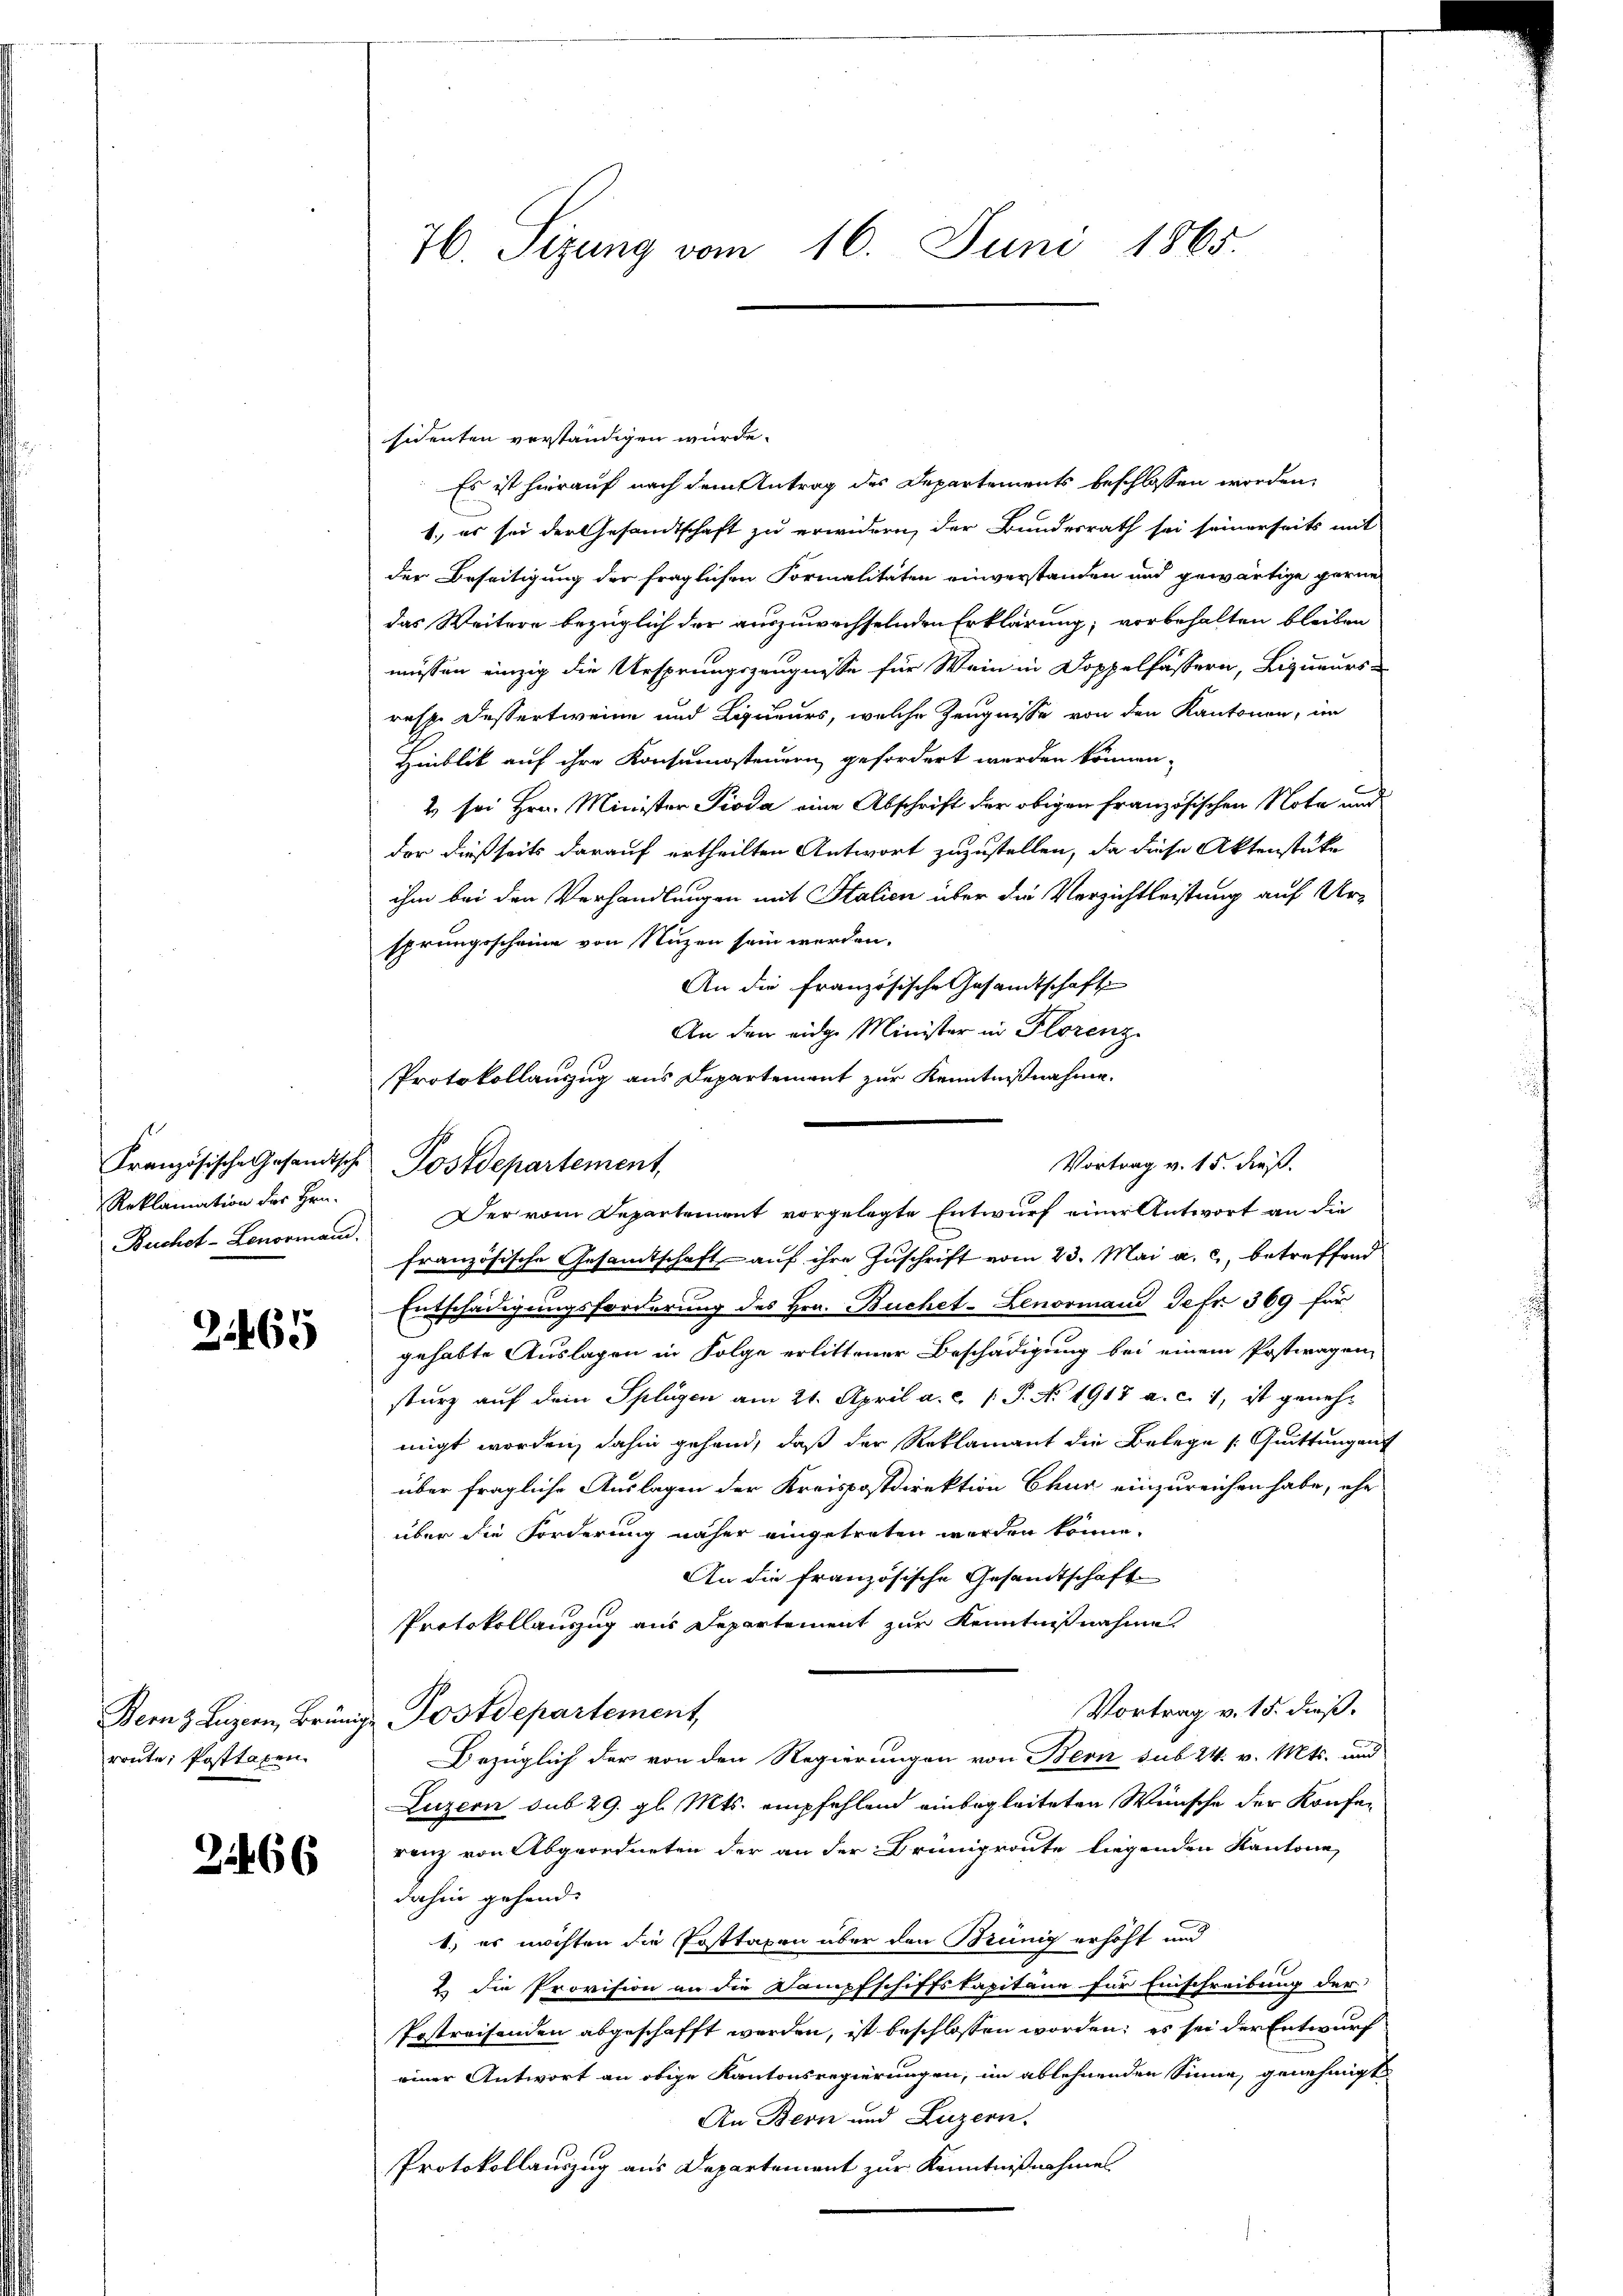
Reklamation der Hrn.

2165

route; Posttaxen

21466

76. Sizung vom 16. Juni 1865.

sidenten verständigen würde.
Es ist hierauf nach dem Antrag des Departements beschlossen worden,
1., es sei der Gesandtschaft zu erwidern, der Bundesrath sei seinerseits mit
der Beseitigung der fraglichen Formalitäten einverstanden und gewärtige gerne
das Weitere bezüglich der auszuwachselnden Erklärung; vorbehalten bleiben
müssen einzig die Ursprungszeugnisse für Wein in Doppelfässern, Ligueurs-
resp. dessertweine und Lipcieurs, welche Zeugnisse von den Kantonen, im
Hinblik auf ihre Konsumsteuern gefordert werden können.
2 sei Hrn. Minister Pioda eine Abschrift der obigen französischen Nota und
der dießseits darauf ertheilten Antwort zuzustellen, da diese Aktenstüke
ihm bei den Verhandlungen mit Italien über die Verzichtleistung auf Ursprungsscheine von Nuzen sein werden.
An die französische Gesamtschaft
An den eidge Minister in Florenz
Protokollanzug aus Departement zur Kenntnißnahme.
Buchet-Lenorma Der vom Departement vorgelegte Entwurf einer Antwort an die
französische Gesamtschaft, - auf ihre Zuschrift vom 23. Mai a. c., betreffend
Entschädigungsforderung des Hrn. Buchet-Lenormand Gefr. 369 für
gehabte Auslagen in Folge erlittener Beschädigung bei einem Postwagen,
sturz auf dein Splügen am 21. April a. c. (T. N. 1918 a. c. 1, ist geneh-
migt worden, dahin gehand, daß der Reklamant die Belege /: Quittungen
über fragliche Auslagen der Kreispostdirektion Chur einzureichen habe, ehe
über die Forderung näher eingetreten werden könne.
An die französische Gesandtschaft
Protokollauszug aus Departement zur Kenntnißnahme
Vortrag v. 15. dieß.
Bernz Luzern, Brünige Postdepartement,
Bezüglich der von den Regierungen von Bern sub 24. v. Mts. und
Luzern sub 29. gl. Mts. empfehlend einbegleiteten Wünsche der Konfe-
renz von Abgeordneten der an der Brüngroute liegenden Kantone
dahin gehend.
1.) es möchten die Posttaxen über den Brünig erhöht und
2. Die Provision an die Dampfschiffskapitäne für Einschreibung der
Postreisenden abgeschafft werden, ist beschlossen worden; es sei der Entwurf
einer Antwort an obige Kantonsregierungen, im ablehnenden Sinne, genehmigt
An Bern und Luzern.
Protokollauszug aus Departement zur Kenntnißnahmes

Französische Gesandtsche Postdepartement,

Vortrag v. 15. dieß.